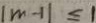
\vert m - 1 \vert \leq 1